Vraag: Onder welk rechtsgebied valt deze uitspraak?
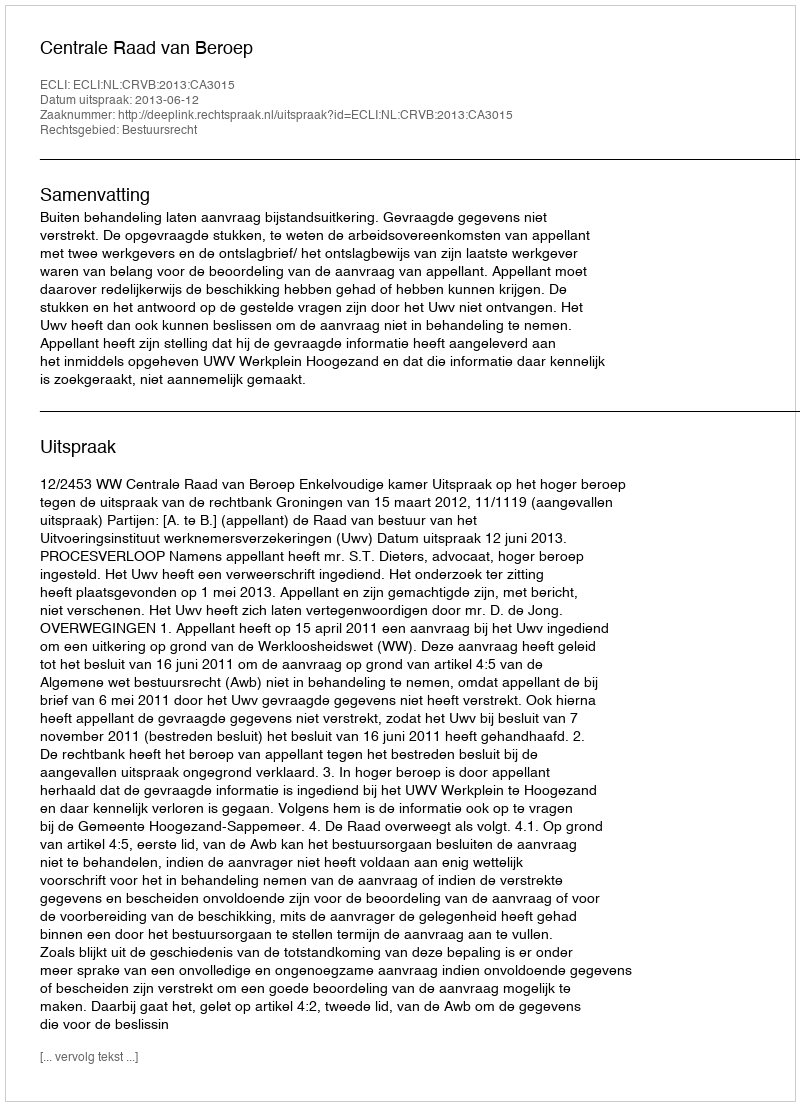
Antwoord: Bestuursrecht